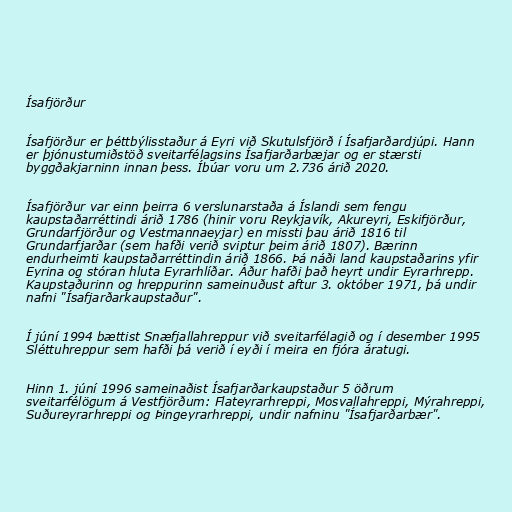
Ísafjörður

Ísafjörður er þéttbýlisstaður á Eyri við Skutulsfjörð í Ísafjarðardjúpi. Hann
er þjónustumiðstöð sveitarfélagsins Ísafjarðarbæjar og er stærsti
byggðakjarninn innan þess. Íbúar voru um 2.736 árið 2020.

Ísafjörður var einn þeirra 6 verslunarstaða á Íslandi sem fengu
kaupstaðarréttindi árið 1786 (hinir voru Reykjavík, Akureyri, Eskifjörður,
Grundarfjörður og Vestmannaeyjar) en missti þau árið 1816 til
Grundarfjarðar (sem hafði verið sviptur þeim árið 1807). Bærinn
endurheimti kaupstaðarréttindin árið 1866. Þá náði land kaupstaðarins yfir
Eyrina og stóran hluta Eyrarhlíðar. Áður hafði það heyrt undir Eyrarhrepp.
Kaupstaðurinn og hreppurinn sameinuðust aftur 3. október 1971, þá undir
nafni "Ísafjarðarkaupstaður".

Í júní 1994 bættist Snæfjallahreppur við sveitarfélagið og í desember 1995
Sléttuhreppur sem hafði þá verið í eyði í meira en fjóra áratugi.

Hinn 1. júní 1996 sameinaðist Ísafjarðarkaupstaður 5 öðrum
sveitarfélögum á Vestfjörðum: Flateyrarhreppi, Mosvallahreppi, Mýrahreppi,
Suðureyrarhreppi og Þingeyrarhreppi, undir nafninu "Ísafjarðarbær".